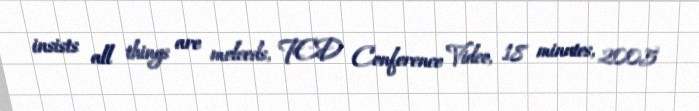
insists all things are moleeds, TED Conference Video, 18 minutes, 2005